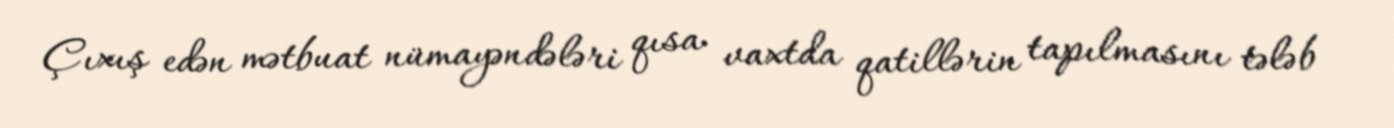
Çıxış edən mətbuat nümayəndələri qısa vaxtda qatillərin tapılmasını tələb